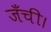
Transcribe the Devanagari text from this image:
जँची।